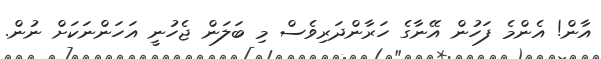
އާން! އެންމެ ފަހުން އޭނާގެ ހަރާންދަރިވެސް މި ބަލަން ޖެހުނީ އަހަންނަކަށް ނުން.